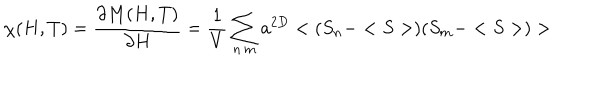
\chi ( H , T ) = \frac { \partial M ( H , T ) } { \partial H } = \frac { 1 } { V } \sum _ { n \, m } a ^ { 2 D } < ( S _ { n } - < S > ) ( S _ { m } - < S > ) >